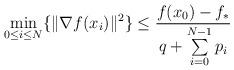
LaTeX: \begin{align*} \min\limits _{0 \leq i \leq N}\{\|\nabla f(x_i)\|^2\} &\leq \frac{f(x_0)-f_*}{q + \sum \limits _{i=0}^{N-1} p_i} \end{align*}